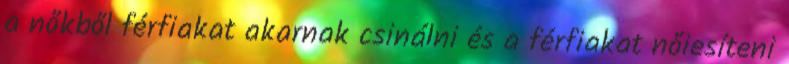
a nőkből férfiakat akarnak csinálni és a férfiakat nőiesíteni